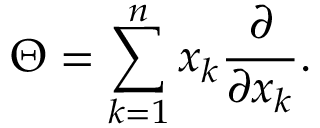
\Theta = \sum _ { k = 1 } ^ { n } x _ { k } { \frac { \partial } { \partial x _ { k } } } .